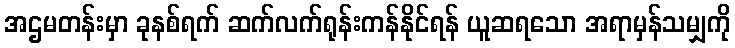
အဌမတန်းမှာ ခုနစ်ရက် ဆက်လက်ရုန်းကန်နိုင်ရန် ယူဆရသော အရာမှန်သမျှကို